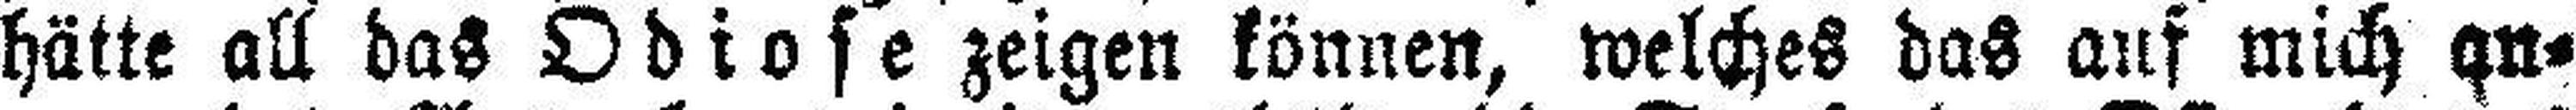
hätte all das Odiose zeigen können, welches das auf mich an¬